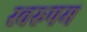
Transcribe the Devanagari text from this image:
स्वरुपम